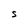
Character: S